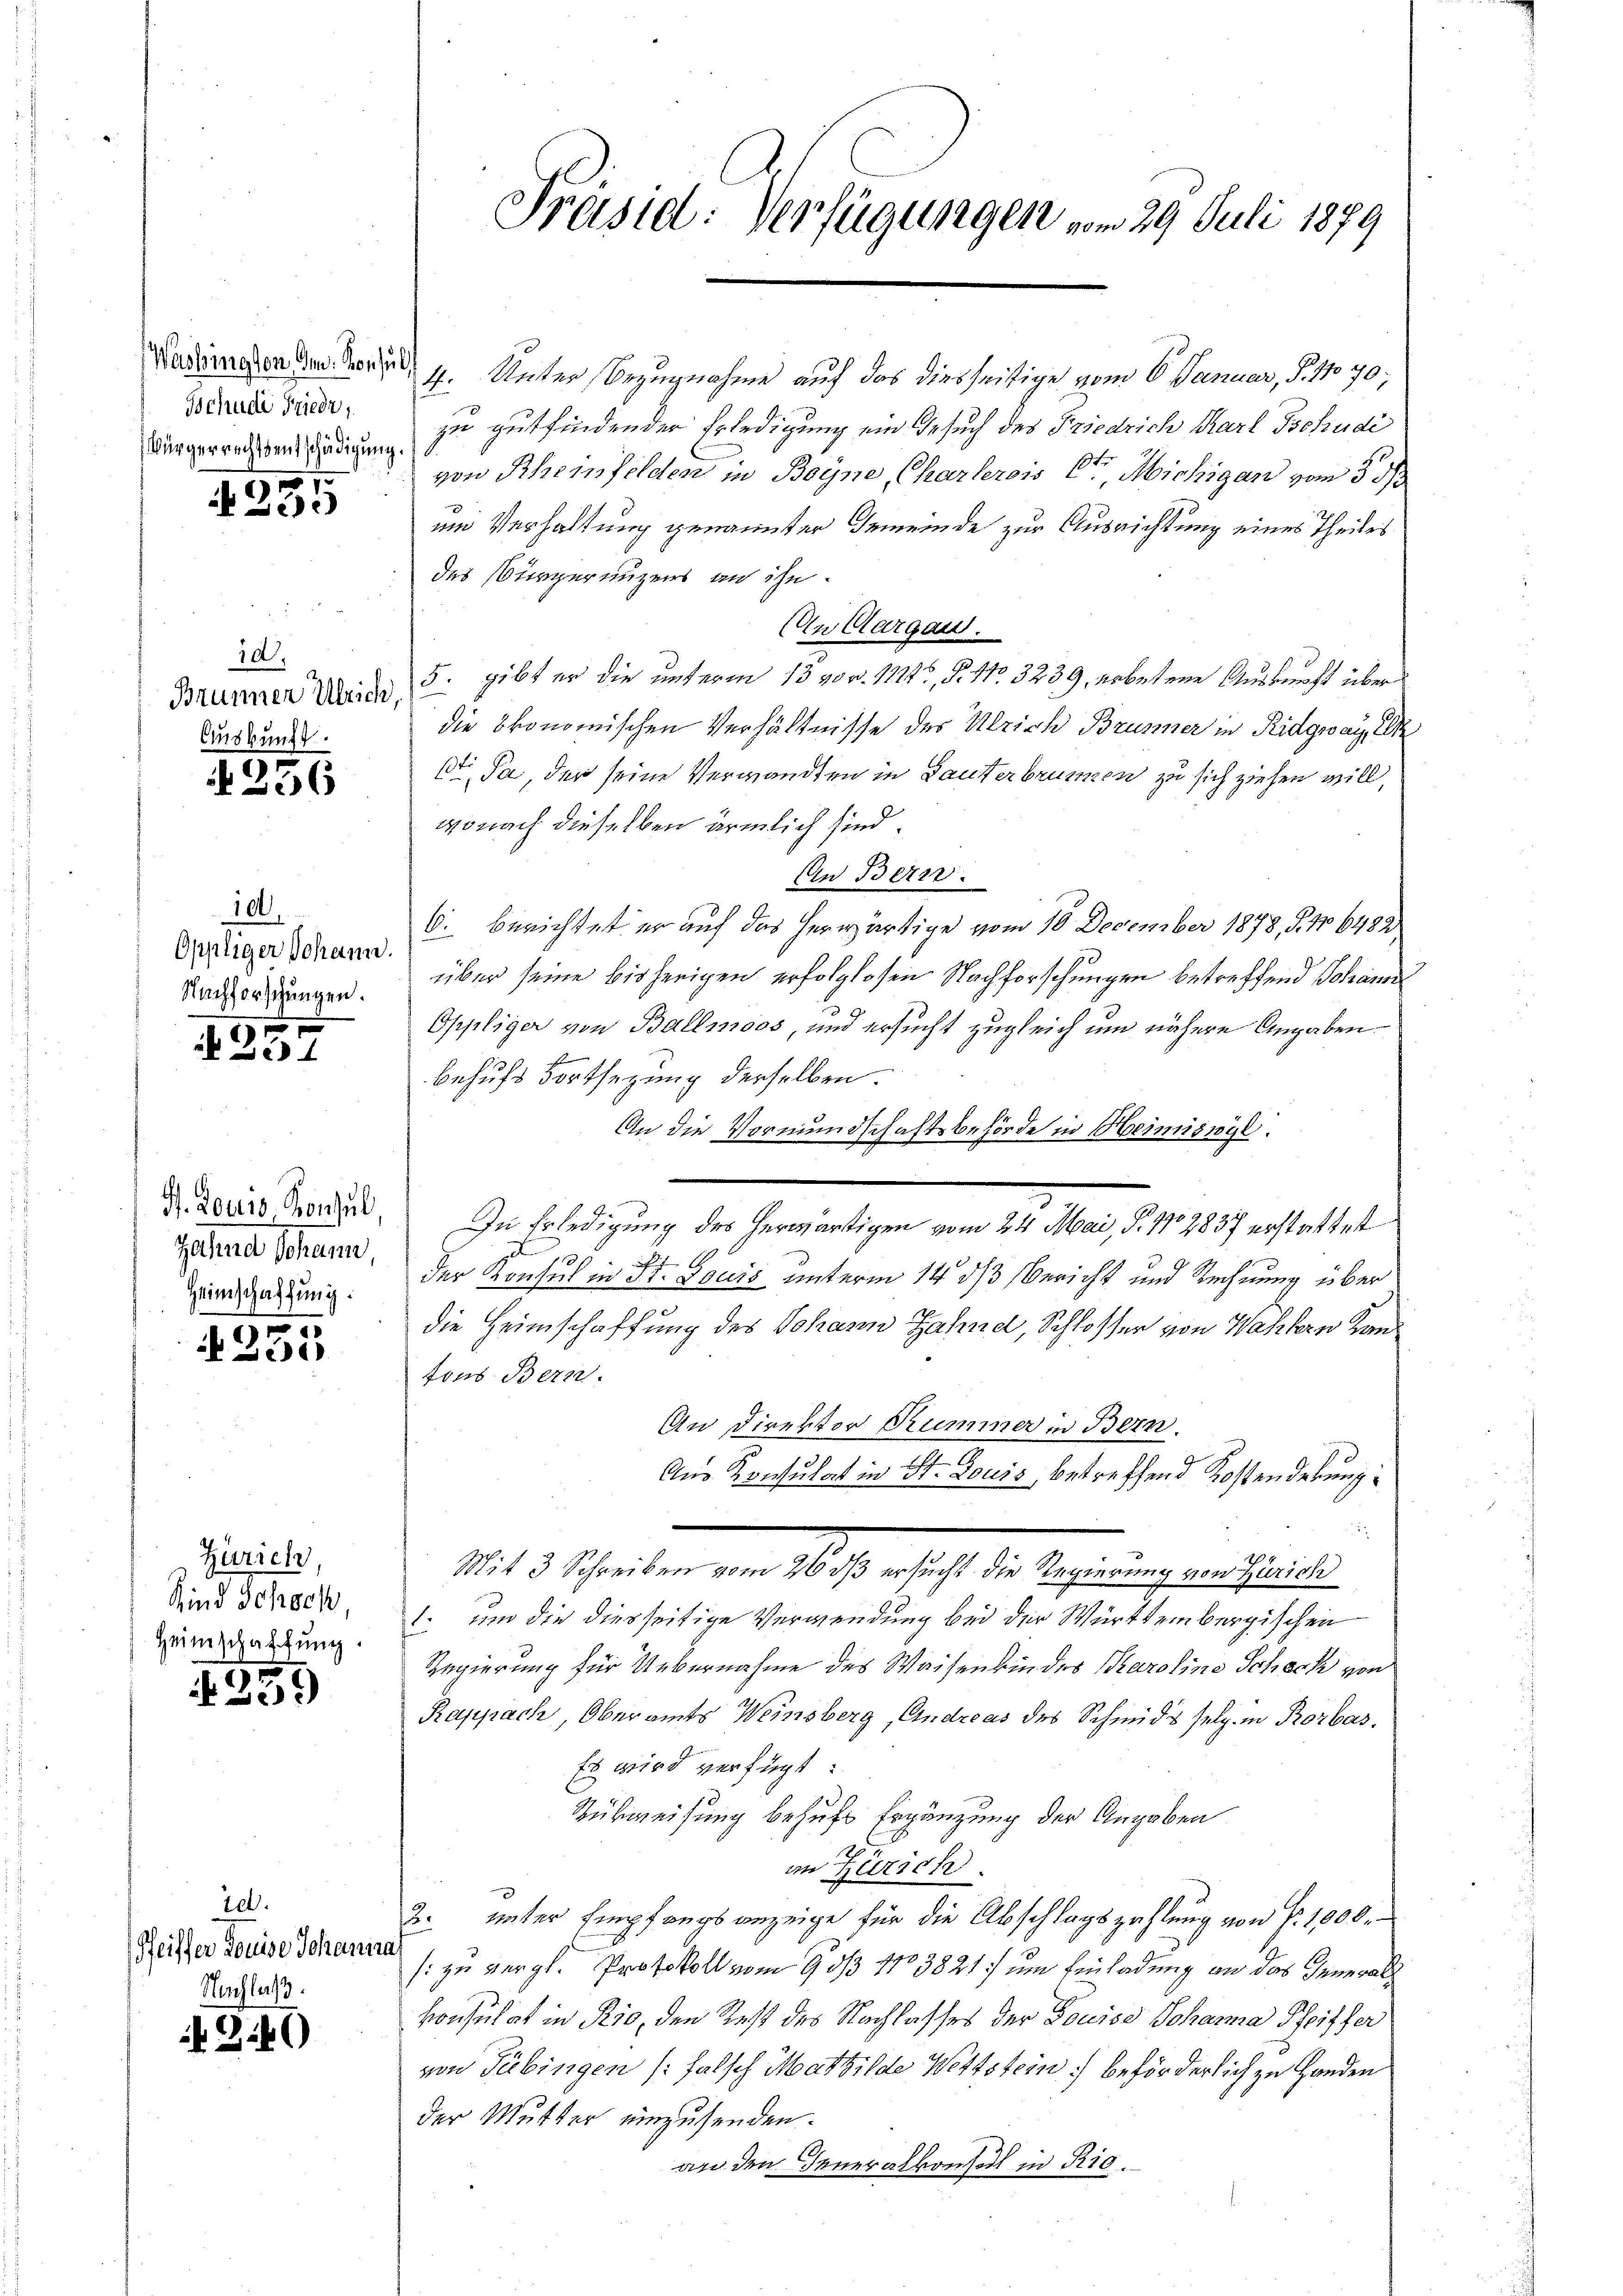
Washington Im Konsult
Tschudi Friede
Bürgerrechtsentschädigung.
r

e

10.
Brunnen Ulrich
Auskunft.

§ 256

100.
Oppliger Johann.
Nachforschungen.

1257

H. Louis Konsul
zahne Schann,
Heimschaffung.

)
15

Zürich,
Kind Schoch
Heimschaffung.

1259

id.
Pfeiffer Louise Johann
Nachlaß

3.40

Präsid. Verfügungen vom 29. Juli 1879

4. Unter Bezugnahme auf das diesseitige vom 6. Januar, S. 11 70;
zu gutfindender Erledigung ein Gesuch des Friedrich Karl Tschudi
von Rheinfelden in Boyne, Charlerois St. Michigan vom 3 1/3
um Verhaltung genannter Gemeinde zur Ausrichtung eines Theiles
des Bürgerenzens an ihn
An Aargau.
5. gibt er die unterm 13 40 v. 1724, §. No. 3239, erbetene Auskunft über
die ökonomischen Verhältnisse des Ulrich Brunner in Ridgwan, d
st. Ja, der seine Verwandten in Lauterbrunnen zu sich ziehen will,
wonach dieselben ärmlich sind.
An Bern.
6. berichtet er auf das herwärtige vom 10. December 1878, S. No 6482
über seine bisherigen erfolglosen Nachforschungen betreffend Johann
Oppliger von Ballmoos, und ersucht zugleich um nähere Angaben
behufs Fortsezung derselben.
An die Vormundschaftsbehörde in Heimisnyl.
In Erledigung des herwärtigen vom 24. Mai, P. 1702837 erstattet
130
6
der Konsul in St. Louis unterm 14. ds Bericht und Rechnung über
die Heimschaffung des Johann Zähne, Schlosser von Wahlern Kanfons Bern.
An Direktor Rummer in Bern.
Aus Konsulat in St. Louis, betreffend Kostenderung¬
¬
2
M . haben ein als er sehe de sehr in eine selben
1. und die diesseitige Verwendung bei der Württembergischen
Regierung für Uebernahme des Waisenkindes Paroline Scheck von
Rappach, Oberamts Weinsberg, Andreas des Schmids sel. in Rorbas.
Es wird verfügt:
Rübweisung behufs Ergänzung der Angaben
im Zürich
2. unter Empfangsanzeige für die Abschlagszahlung von fr. 1000.
s: zu vergl. Protokoll vom 9. No 3821 um Einladung an das Generalkonsulat in Rio, den Rest des Nachlasses der Louise Johanna Pfeiffer
von Tübingen (falsch Mathilde Wettstein; beförderlich zu Handen
der Mutter einzusenden.
an den Generalkonsul in Rio.